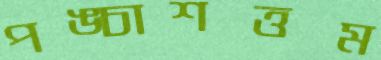
পঙ্চাশত্তম